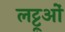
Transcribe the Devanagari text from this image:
लट्टूओं